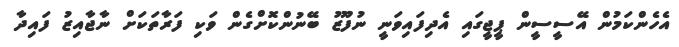
އެހެންކަމުން އޭސީސީން ޕީޖީގައި އެދިފައިވަނީ ނުފޫޒު ބޭނުންކޮށްގެން ވަކި ފަރާތަކަށް ނާޖާއިޒު ފައިދާ